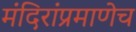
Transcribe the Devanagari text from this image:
मंदिरांप्रमाणेच